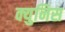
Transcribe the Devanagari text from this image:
क्युनिस